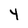
Character: 4